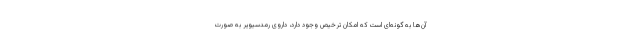
آن‌ها به گونه‌ای است که امکان ترخیص وجود دارد، داروی رمدسیویر به صورت